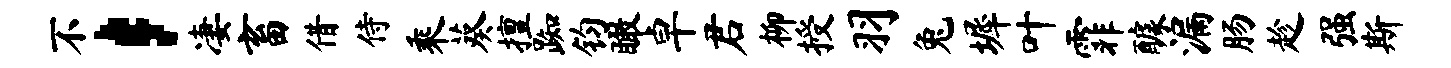
不，凄畜借侍乘葵擅踟钧瞰卓君柳授羽兔墀叶霏醵漏肠趁强斯